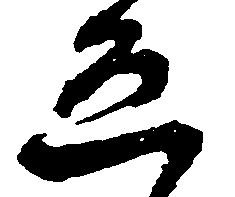
ゑ